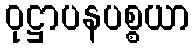
ဝုဋ္ဌာပနပစ္စယာ